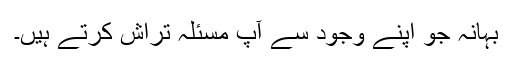
بہانہ جُو اپنے وجود سے آپ مسئلہ تراش کرتے ہیں۔